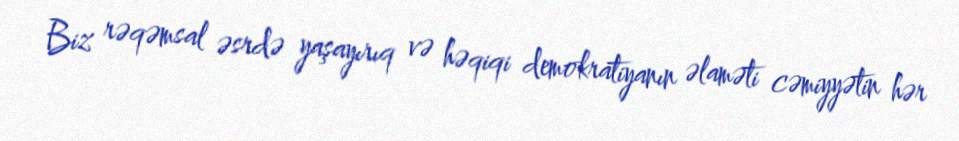
Biz rəqəmsal əsrdə yaşayırıq və həqiqi demokratiyanın əlaməti cəmiyyətin hər